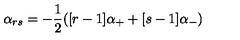
\alpha _ { r s } = - \frac { 1 } { 2 } ( [ r - 1 ] \alpha _ { + } + [ s - 1 ] \alpha _ { - } )